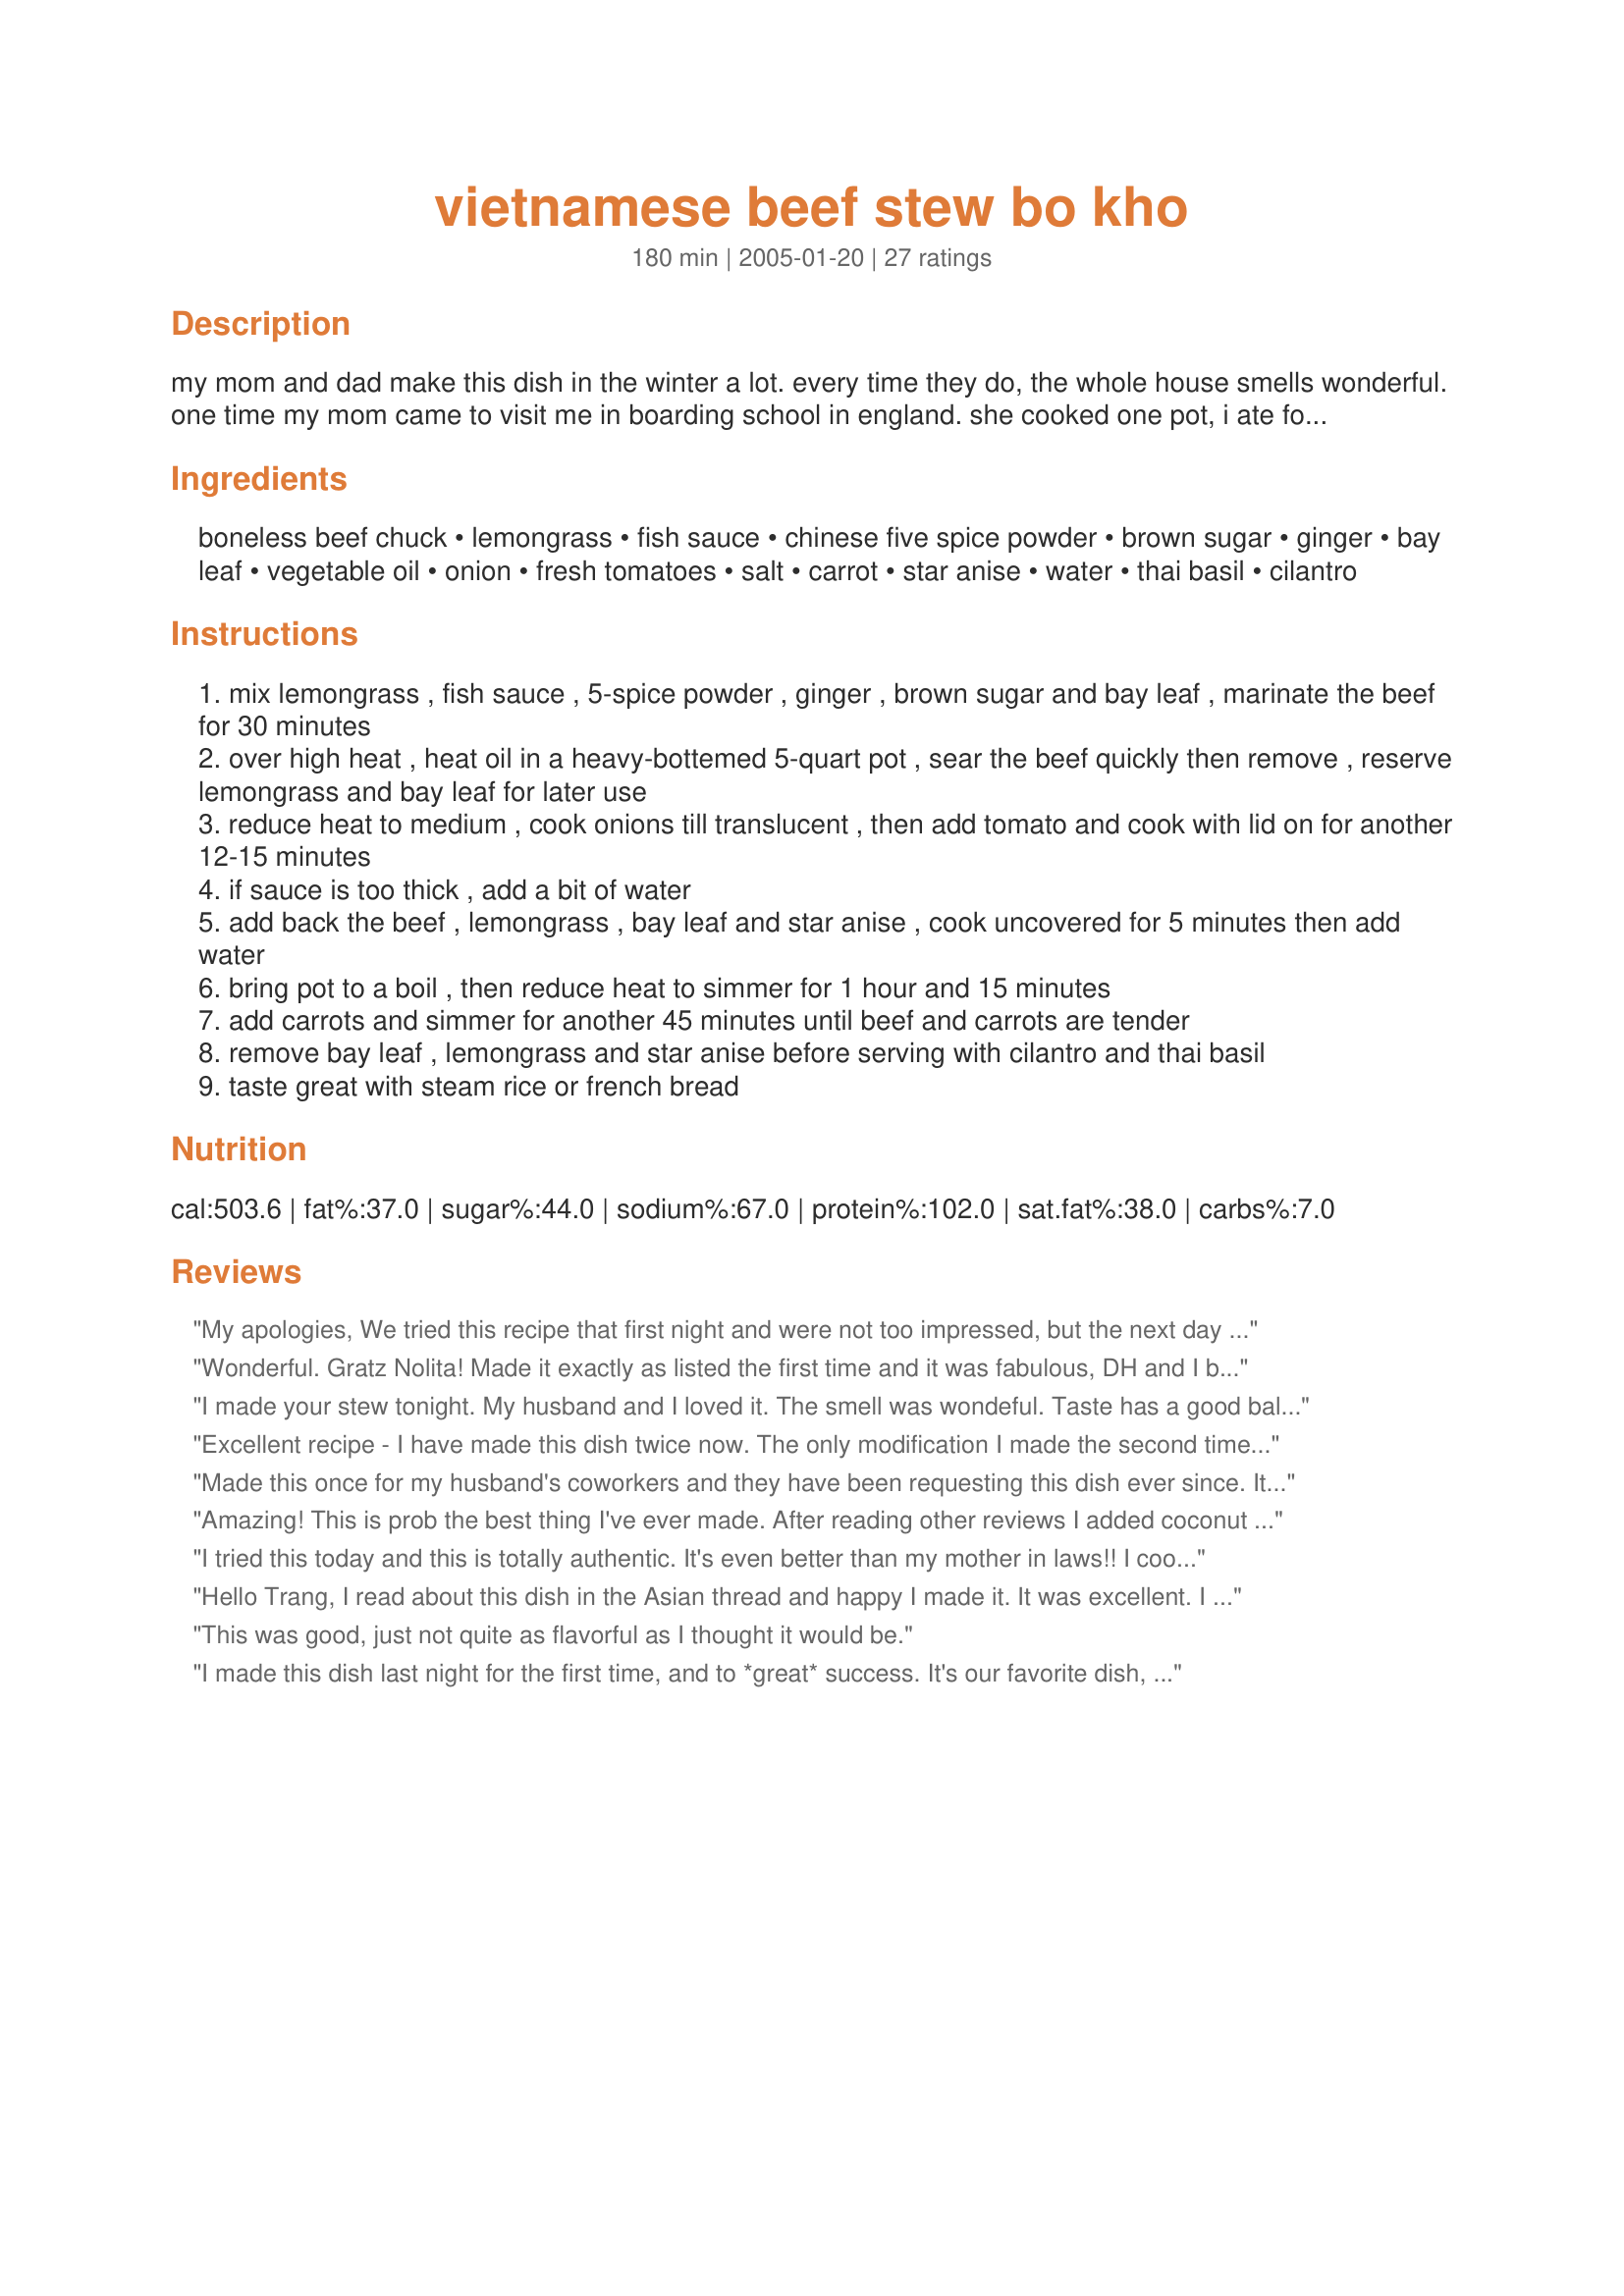
vietnamese beef stew bo kho
Preparation time: 180 minutes

my mom and dad make this dish in the winter a lot. every time they do, the whole house smells wonderful. one time my mom came to visit me in boarding school in england. she cooked one pot, i ate for a whole week and got on the black list of all asians in school. it taste good steaming hot with french bread, and also very good in sandwiches. some ingredients are available at normal grocery stores. you can get star anise and thai basil at asian stores, natural food stores

Ingredients:
boneless beef chuck, lemongrass, fish sauce, chinese five spice powder, brown sugar, ginger, bay leaf, vegetable oil, onion, fresh tomatoes, salt, carrot, star anise, water, thai basil, cilantro

Steps:
mix lemongrass , fish sauce , 5-spice powder , ginger , brown sugar and bay leaf , marinate the beef for 30 minutes
over high heat , heat oil in a heavy-bottemed 5-quart pot , sear the beef quickly then remove , reserve lemongrass and bay leaf for later use
reduce heat to medium , cook onions till translucent , then add tomato and cook with lid on for another 12-15 minutes
if sauce is too thick , add a bit of water
add back the beef , lemongrass , bay leaf and star anise , cook uncovered for 5 minutes then add water
bring pot to a boil , then reduce heat to simmer for 1 hour and 15 minutes
add carrots and simmer for another 45 minutes until beef and carrots are tender
remove bay leaf , lemongrass and star anise before serving with cilantro and thai basil
taste great with steam rice or french bread

Reviews:
My apologies, We tried this recipe that first night and were not too impressed, but the next day the stew was just wonderful, I think it needed the extra simmer time. I am adding another star and my thanks.
Wonderful. Gratz Nolita! Made it exactly as listed the first time and it was fabulous, DH and I both loved it, the left overs where even better. I don't think I've ever eaten anything that suited carrots so well. The second time I cut the beef into very large pieces and threw the whole lot into the crock pot raw, turned it on and hi for an hour, then dropped the pot to low and went to work. When we got home the house smelled great, and we had this wonderful stew. The beef was overcooked, but this was my fault for cooking it all day in the crockpot. Didn't ruin the flavor a bit.
I made your stew tonight. My husband and I loved it. The smell was wondeful. Taste has a good balance between salt and sugar. Fish sauce gives extra nuance but does not smell fishy at all. I added little bit of corn starch to make sauce thicker. What a great and different way to use stew meat. Thank you very much for your posting.
Excellent recipe - I have made this dish twice now. The only modification I made the second time round was I peeled the skin off the tomatoes and also added a cinnamon stick.
Made this once for my husband's coworkers and they have been requesting this dish ever since. It is so .....so... flavorful! Thanks so much for posting this.
Oh! I double the fish sauce because I love fish sauce. It made it even tastier.
Amazing! This is prob the best thing I've ever made. After reading other reviews I added coconut juice with 3 cups beef broth instead of 3 cups of water. Topped the stew with Thai basil, cilantro and a sprinkle raw white onion. My boyfriend absolutely loved the stew. Thank you for sharing! I'm keeping this recipe forever.
I tried this today and this is totally authentic. It's even better than my mother in laws!! I cooked mine from morning to night and the meat was oh so tender and the seasoning was all the way through. I got beef meat with tendons from some chinese butcher and it was so delicious. Can't wait for my husband to come home and try it. I didn't have brown sugar so used raw sugar. Would be great for a cold winter night.... mmmm
Hello Trang, I read about this dish in the Asian thread and happy I made it. It was excellent. I used less Fish Sauce and almost no sugar, but it came out perfect for my taste. I made a similar Chinese dish with Star Anise... but add Japanese Dakon. Even though the recipe is for 4 servings, I ate half the dish myself... with white rice and home baked bread.
This was good, just not quite as flavorful as I thought it would be.
I made this dish last night for the first time, and to *great* success. It's our favorite dish, one we order a lot, so I could tell by the aroma that the recipe was authentic. Cooked it for a couple of hours beyond the recommended time, and by then the meat was really falling apart.
Thanks for a great recipe. It worked for the entire family so I will definitely be cooking this again during the cold winter months in Sydney. I was cautious with the Chinese 5-spice powder as it can be overpowering but it turned out just fine. I agree with one of the reviewer that it was a bit finicky picking out the broken pieces of star anise so I would suggest using a herb bag made of muslin (can be bought at Asian stores). I won&#039;t forget to use it next time. Never one to do anything in small proportions (my 19 year old son has a bottomless pit!), I actually doubled the recipe and it was perfect. Best to do it the day before you eat it as the flavours develop further in the fridge. Yummy and thank you!
Good flavors but mine should have cooked longer. My meat wasn't tender.
A clarification of my earlier "the gristlier the better" comment: it is the gristle, i.e. connective tissue, that gives this stew its body, without it the broth is too watery. Mind you, this type of stew is not meant to be as thick as European or American stews, where the liquid is expected to coat the back of a spoon. It should be thought of instead as a chunky soup with a very hearty broth. 
Another good garnish to add at the table is deep-fried shallots or deep-fried garlic (or both), both of which can be found in Asian markets.
Great recipe! Coming from a Vietnamese family, my mom used to make this for dinner when I grew up. The only difference is that we use some hot chili peppers or some nuoc mam (a fishy spicy yummy sauce that I eat with almost eveything!). Served it with steamed jasmine rice and I was a kid again!!
I had prepared this dish for many of my vietnamese friends and they enjoyed it immensely. However, I had prepared the stew in a slow cooker which seems to make the beef a little more tender. I also added a chili pepper for a little spice. Potatoes added are also acceptable.
Just finished making this - it's delicious! I'm always a bit nervous to try and cook dishes that I enjoy at my favourite ethnic restaurants 'cause I think they'll never turn out as well. This recipe is fantastic and I will definitely make it again. Thank you!
This was an incredible dish. We followed the recipe exactly as written and the only trouble I had was at the very end when I was trying to fish out the star anise before serving! The flavors were all wonderful and came together really nicely. I am not usually very fond of fish sauce, but I used exactly the amount specified and I thought it added a lot, but was not overbearing. We served it with French bread and it was perfect. I've already had requests to make it again, so I know it'll be a regular on our menu!
i have made this twice already. both times using a slow cooker cos i like the fact that i can dump everything into the pot and forget about it for the next few hours. The first time i made this, i added 3 cups water to the pot. I didnt sear the meat and as a result, I ended up with alot of sauce. I had to transfer all the contents to a wok and simmer until the sauce reduces. It was yummy the 1st time. The 2nd time i made this, i reduced the water to 1 cup only. On a whim, I boiled some spaghetti to go with the stew and it became a version of a beef noodle. Easy and quick. I did increase the fish sauce and brown sugar to compensate for a more watery stew. Thanks for sharing.....
Very good. Added a slurry of about 2 t cornstarch & 1/4 cu water to thicken.
My DH absolutely loved this and so did I. So much flavor and very easy to make.
My husband who's Vietnamese (and whose mom makes fantastic Vietnamese home cooking) raved about this after I made it. I browned the meat and onions, then threw them & all the other stuff into a slow cooker (out of sheer laziness), adding some red potatoes & Vietnamese curry powder since his mom usually adds those. Also since I didn't have tomatoes I just used a dollop of tomato paste. I cooked it about 2 1/2-3 hrs on high since the potatoes didn't soften as fast as I'd thought on the low heat, and then another hour on low. But I'm sure if you just left it all day on low it would be fine.
We made this last night with a few tweaks. We served it 2 ways--over rice and over rice sticks--both were delicious. The beef could've stayed on the stove-top a little longer to make it even more tender.
A very nice stew. I think this would be a good introduction to Asian food for people who want to try something a little different but aren't sure they'll like it. The flavours are all there but very subtle so it wouldn't be overwhelming for the uninitiated palate. Personally, I would add a bit of hot sauce to it next time as we enjoy spicy things but it is nice without as well. One hint though, make sure you buy good stewing beef with not too much gristle. I got a bad lot of it and it took a lot of trimming and even after cooking some pieces of beef were tough. I'm sure that wasn't the fault of the recipe though but rather the beef. We served with Aromatic Sticky Rice, recipe #90126
This was alright....the flavors were a bit strong for our tastes. I guess we're so used to the "traditional" beef stew that it was hard for us to get past the flavors of the star anise and 5-spice powder. Like I said, my husband and kids are my biggest critics, so if they don't care for it, then there's no use keeping the recipe. We did prefer eating it with the french bread rather than the rice.
it was flavorful, but missing some depth. maybe it was because i didn't have lemongrass. i put my carrots in at the same time as the beef and cooked it. i also added a can of condensed beef broth to try to add that something. it was the perfect saltiness.
I made this recipe with several variations:

1. I substituted palm sugar for the brown sugar;
2. I used 2 stalks of lemongrass instead of 1;
3. I added approx. 1 tsp annatto powder when adding the beef back into the tomato sauce (I saw a few recipes that suggested the addition of annatto oil . . . );
4. I used 3 star anise instead of 2;
5. I added some additional slices of ginger (approx. 7 slices) when adding the beef back into the tomato sauce;
6. I substituted beef stock for the water;
7. I let the beef simmer on low for about 2 hours;
8. I added 2 russet potatoes, chopped, when adding the carrots; and
9. near the end I added 1/2 a packet of powdered gelatin, bloomed, to thicken the broth - the traditional versions of this recipe call for cuts of meat that have more collagen (shank, tendon, etc.) which gives the broth more body, and the addition of the gelatin here helps with that.

I served this with thai basil, lime wedges, and baguette.
Love the recipe :)
I made this for my husband (whos Vietnamese) when he said he felt like Vietnamese but didnt want to go out. The first time I made it I didnt have any lemongrass, so I put in the zest of 1 lemon. Everyone, including our 3 and 4 year olds ate seconds. The left overs were better the next day and he was told by a co-worker that it tasted like the Bo Kho his mom made back in Vietnam. Will be making it for Christmas at his brothers.
